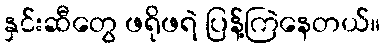
နှင်းဆီတွေ ဖရိုဖရဲ ပြန့်ကြဲနေတယ်။